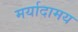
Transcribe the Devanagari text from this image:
मर्यादामय